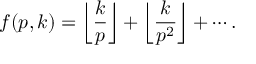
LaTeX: f ( p , k ) = \left\lfloor { \frac { k } { p } } \right\rfloor + \left\lfloor { \frac { k } { p ^ { 2 } } } \right\rfloor + \cdots .